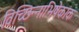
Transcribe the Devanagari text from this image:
विच्छिन्नाभिषेकांक